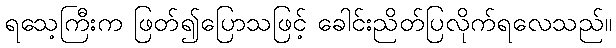
ရသေ့ကြီးက ဖြတ်၍ပြောသဖြင့် ခေါင်းညိတ်ပြလိုက်ရလေသည်။